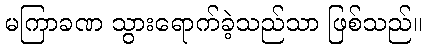
မကြာခဏ သွားရောက်ခဲ့သည်သာ ဖြစ်သည်။